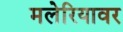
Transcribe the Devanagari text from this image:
मलेरियावर